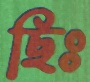
ছিঃ